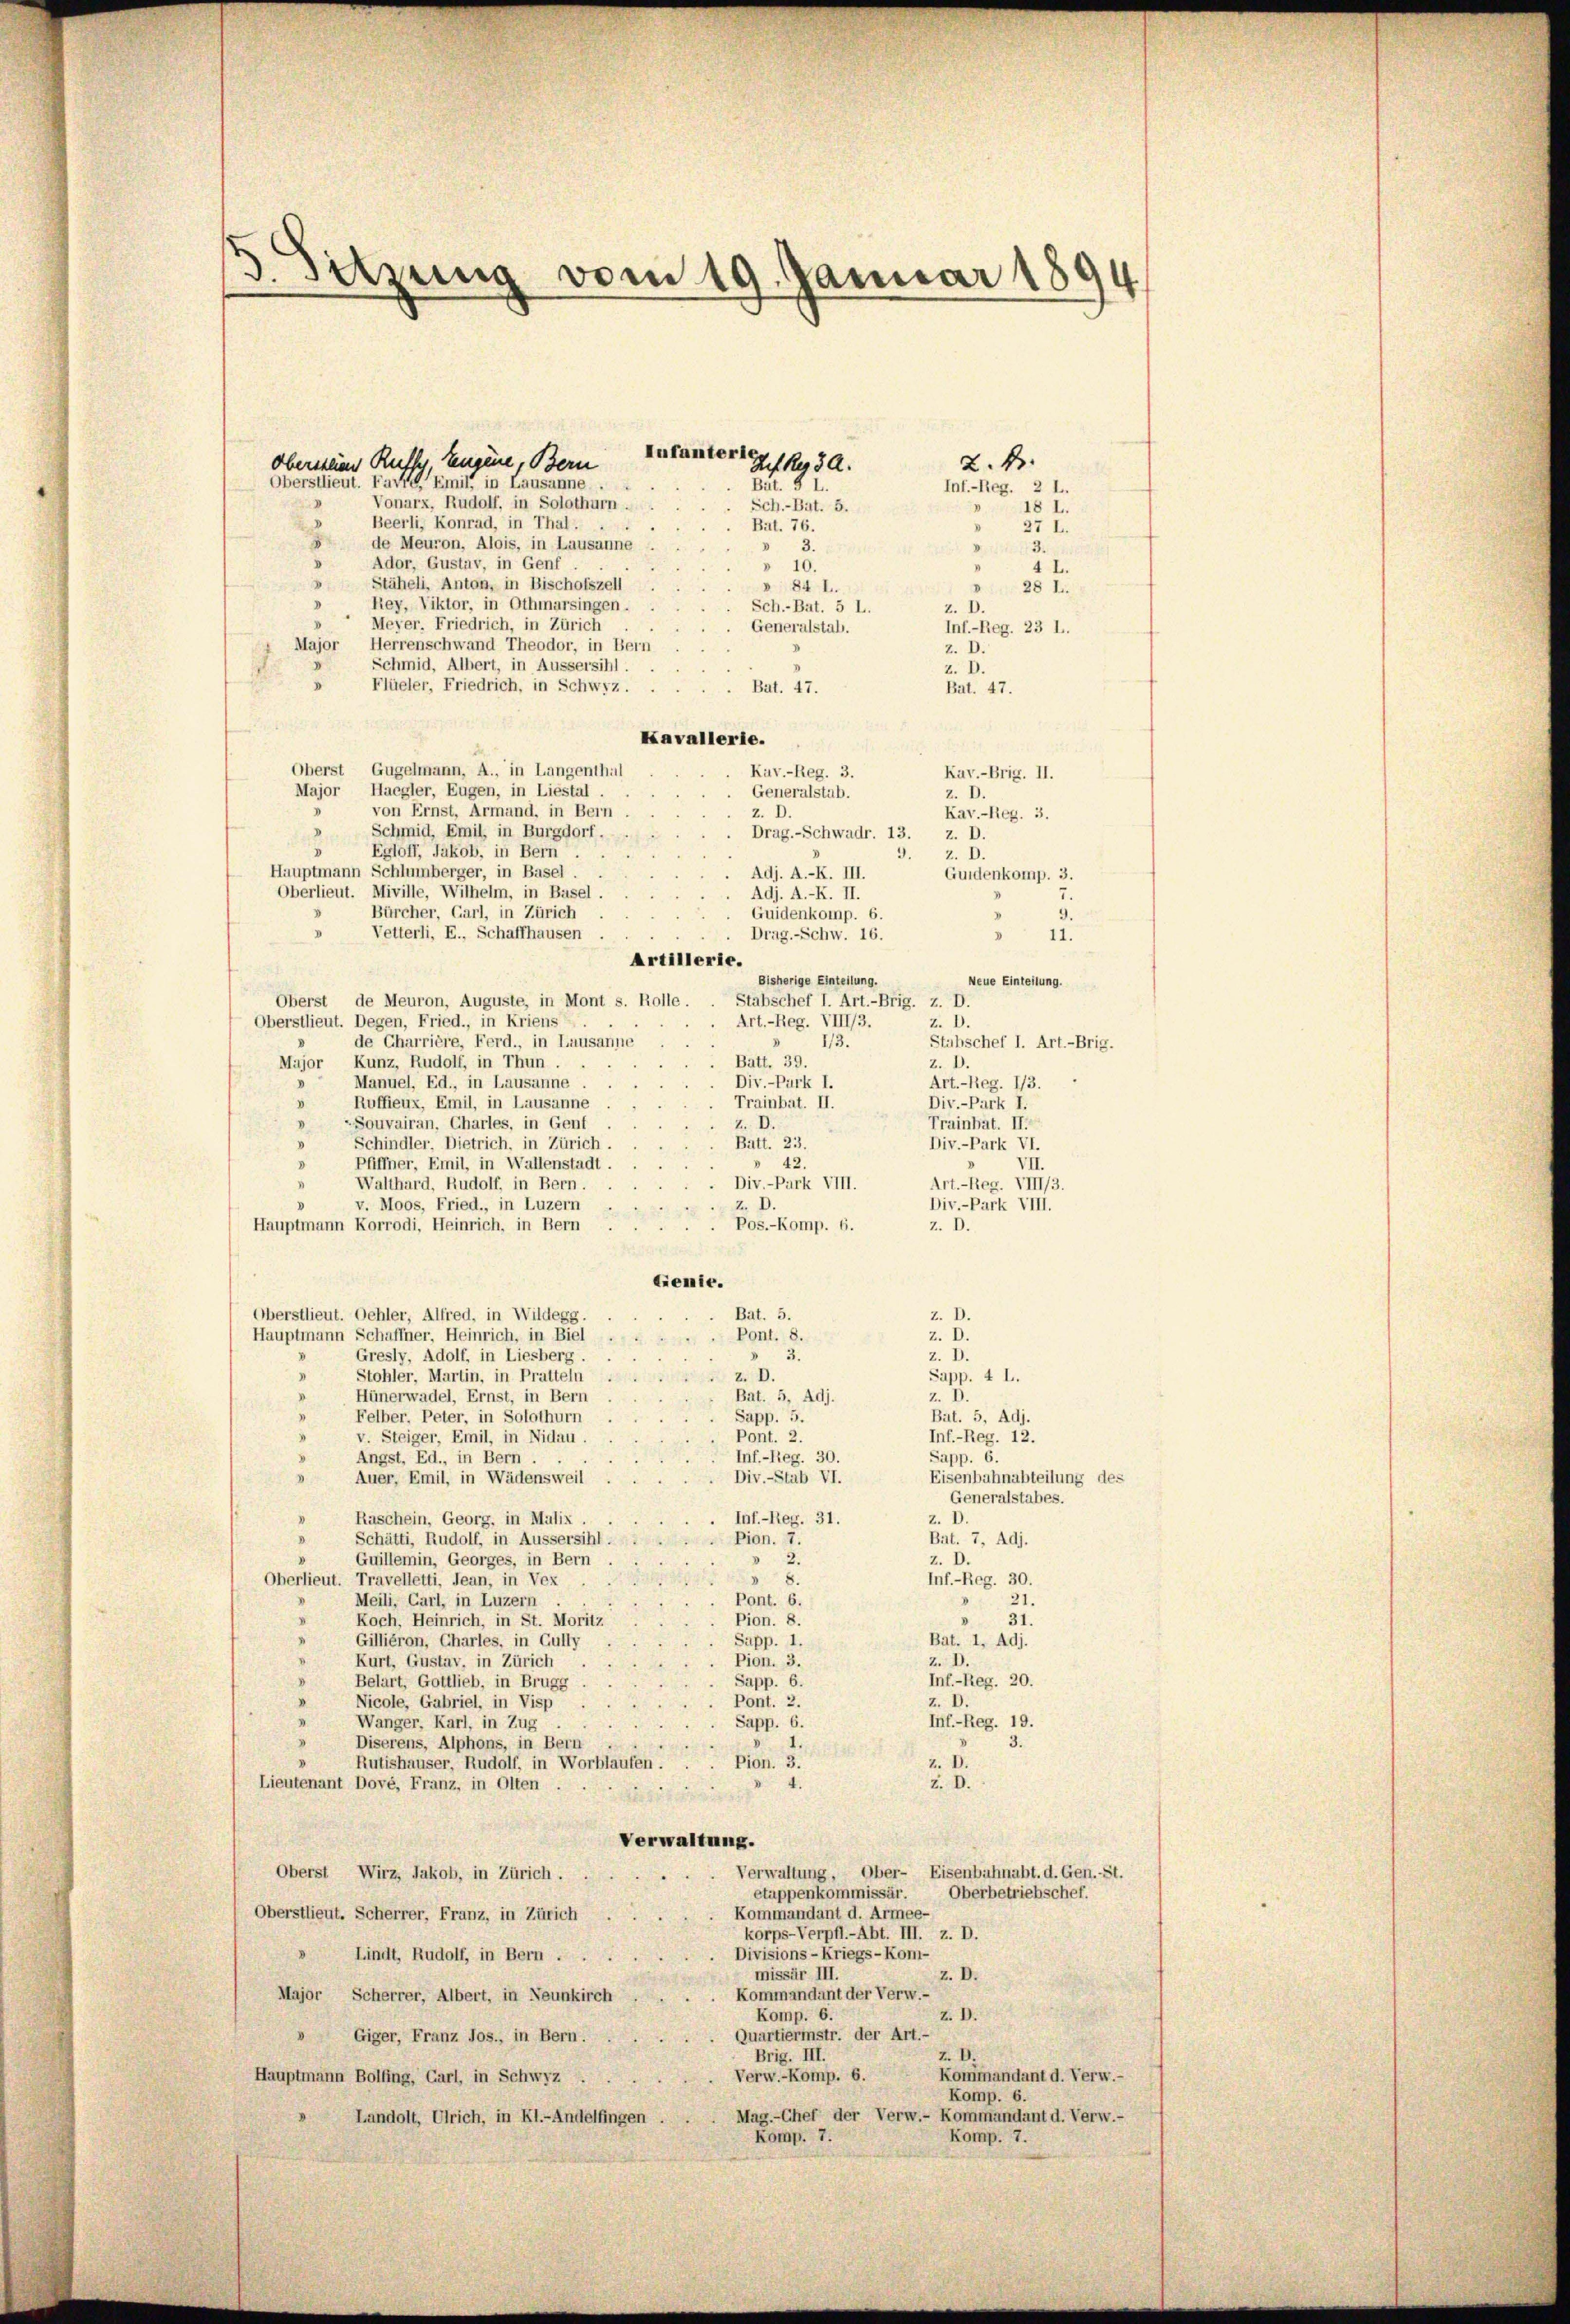
darung
vom 19. Januar 1894

Aufanterie
2. d.
obersteien Ruths, Zeugene, Bern
Oberstlieut. Favre, Emil, in Lausanne
Bit. § I.
Inf.-Reg. 2 L.
Vonarx, Rudolf, in Solothurn.
d
Sch.-Bat. 5.
18 I.
Beerli, Konrad, in Thal.
Bat. 76.
27 L.
de Meuron, Alois, in Lausanne
3.
 3.
3.
Ador, Gustav, in Genf
3
» 10.
4 L.
.
Stäheli, Anton, in Bischofszell
» 84 L.
» 28 l.
Rey, Viktor, in Othmarsingen.
Sch.-Bat. 5 L..
Meyer. Friedrich, in Zürich
Generalstab.
Inf.-Reg. 23 l..
Herrenschwand Theodor, in Bern
Major
z. D.
Schmid, Albert, in Aussersihl.
z. D.
Flüeler, Friedrich, in Schwyz . .
Bat. 47.
Bat. 47.
Kavallerie.
Oberst Gugelmann, A., in Langenthal
Kuv.-Reg. 3.
Kav.-Brig. II.
Major Haegler, Eugen, in Liestal.
Generalstab.
z. D.
von Ernst, Armand, in Bern
z. D.
Kav.-Reg. 3.
Schmid, Emil, in Burgdorf.
D
Drag.-Schwadr. 13.
z. D.
Egloff, Jakob, in Bern
D
3.
z. D.
Hauptmann Schlumberger, in Basel.
Adj. A.-K. III.
Guidenkomp. 3.
Oberlieut. Miville, Wilhelm, in Basel
Adj. A.-K. II.
Bürcher, Carl, in Zürich
Guidenkomp. 6.
Vetterli, E., Schaffhausen
Drag.-Schw. 16.
I
11.
Artillerie.
Bisherige Einteilung.
Neue Einteilung.
Oberst de Meuron, Auguste, in Mont s. Rolle.
Stabschef I. Art.-Brig, z. D.
Art. - Reg. VIII/3.
Oberstlieut. Degen, Fried., in Kriens
z. D.
de Charrière, Ferd., in Lausanne
1/3.
Stuhschef I. Art.-Brig.
Batt. 39.
Major Kunz, Rudolf, in Thun.
Z. D.
Div.-Park I.
Manuel, Ed., in Lausanne
Art. - Reg. 173.
Trainbat. II.
Ruffieux, Emil, in Lausanne
Div.-Park I.
1
V
z. D.
-Souvairan, Charles, in Genf
Trainhat. II.
Batt. 23.
D
Schindler. Dietrich, in Zürich.
Div.-Park VI.
42.
Pfiffner, Emil, in Wallenstadt.
VII.
d
4
Div.-Park VIII.
Walthard, Rudolf, in Bern.
Art. - Reg. VIII/3.
z. D.
v. Moos, Fried., in Luzern
Div.-Park VIII.
Pos.-Komp. 6.
Hauptmann Korrodi, Heinrich, in Bern
z. D.
Gremie.
Überstlieut. Oehler, Alfred, in Wildegg.
z. D.
Bat. 5.
Pont. 8.
z. D.
Hauptmann Schaffner, Heinrich, in Biel
Gresly, Adolf, in Liesberg . .
d
Z. D.
3.
I
Sapp. 4 L.
z. D.
Stohler, Martin, in Pratteln
Hünerwadel, Ernst, in Bern
.
Bat. 5, Adj.
z. D.
"
Sapp. 5.
Felber. Peter, in Solothurn
Bat. 5, Adj.
Pont. 2.
Inf.-Reg. 12.
v. Steiger, Emil, in Nidau.
V
Inf.-Reg. 30.
Sapp. 6.
8
Angst, Ed., in Bern.
Div.-Stab VI.
Eisenbahnabteilung des
Auer, Emil, in Wädensweil
.
Generalstabes.
Inf.-Reg. 31.
Raschein, Georg, in Malix
z. I
Bat. 7, Adj.
Schätti, Rudolf, in Aussersihl.
Pion. 7.
Guillemin, Georges, in Bern
z. D.
 2.
 8.
Inf.-Reg. 30.
Oberlieut. Travelletti, dean, in Vex
Meili, Carl, in Luzern
Pont. 6.
21.
d
I
31.
Koch, Heinrich, in St. Moritz
Pion. 8.
.
.
Gilliéron, Charles, in Gully
Bat. I, Adj.
Sapp. 1.
D
Kurt, Gustav, in Zürich
Pion. 3.
z. D.
Inf.-Reg. 20.
8
Belart, Gottlieb, in Brugg
 Sapp. 6.
.
z. D
Pont. 2.
Nicole, Gabriel, in Visp
1
Wanger, Karl, in Zug
Sapp. 6.
Inf.-Reg. 19.
3
Diserens, Alphons, in Bern
1.
3.
D
Pion. 3.
Rutishauser, Rudolf, in Worblaufen.
z. D.
Lieutenant Dové, Franz, in Olten
Z. D.
Verwaltung.
Eisenbahnabt. d. Gen. St.
Verwaltung, Ober-
Oberst Wirz, Jakob, in Zürich.
etappenkommissär.
Oberbetriebschef.
Kommandant d. Armee-
Oberstlieut. Scherrer, Franz, in Zürich
korps-Verpfl.-Abt. III. z. D.
Divisions-Kriegs-Kom-
» Lindt, Rudolf, in Bern .
missär III.
z. D.
Kommandant der Verw.-
Major Scherrer, Albert, in Neunkirch
z. D.
Komp. 6.
V
Quartiermstr. der Art.-
Giger, Franz Jos., in Bern.
Brig. III.
Z. D.
Kommandant d. Verw.-
Verw.-Komp. 6.
Hauptmann Bolfing, Carl, in Schwyz
Komp. 6.
Mag.-Chef der Verw.- Kommandant d. Verw.-
Landolt, Ulrich, in Kl.-Andelfingen
Komp. 7.
Komp. 7.

Joh ky 3 A.

.
1
I
z. D.